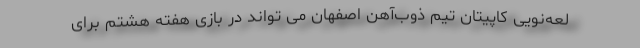
لعه‌نویی کاپیتان تیم ذوب‌آهن اصفهان می تواند در بازی هفته هشتم برای